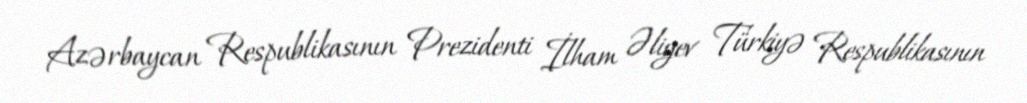
Azərbaycan Respublikasının Prezidenti İlham Əliyev Türkiyə Respublikasının